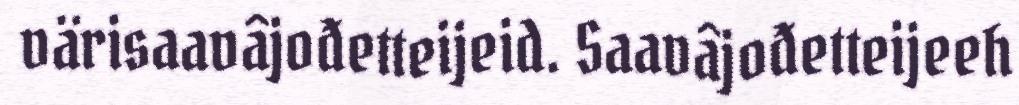
värisaavâjođetteijeid. Saavâjođetteijeeh